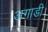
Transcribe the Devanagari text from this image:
अगाडी